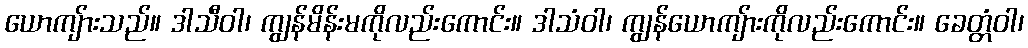
ယောကျ်ားသည်။ ဒါသီဝါ၊ ကျွန်မိန်းမကိုလည်းကောင်း။ ဒါသံဝါ၊ ကျွန်ယောကျ်ားကိုလည်းကောင်း။ ခေတ္တံဝါ၊